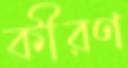
কীরণ